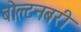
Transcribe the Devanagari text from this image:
बोल्टनबरी